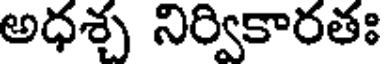
అధశ్చ నిర్వికారతః